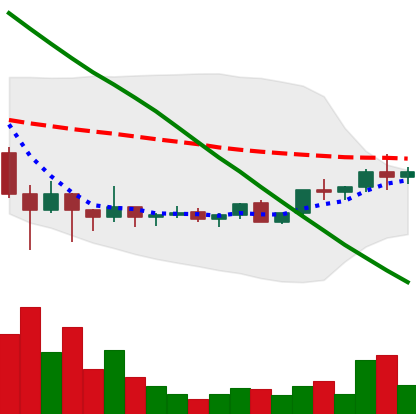
Ticker: ADA-USD
Chart end date: 2022-02-09
Forward return: -12.098%
Label: down_7plus